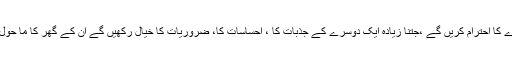
شوہر اور بیوی جتنا زیادہ ایک دوسرے کا احترام کریں گے ،جتنا زیادہ ایک دوسرے کے جذبات کا ، احساسات کا، ضروریات کا خیال رکھیں گے ان کے گھر کا ما حول اتنا ہی زیادہ پرسکون اورمثالی ہوگا ۔